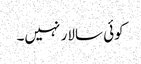
کوئی سالار نہیں۔